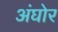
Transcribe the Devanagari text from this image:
अंघोर